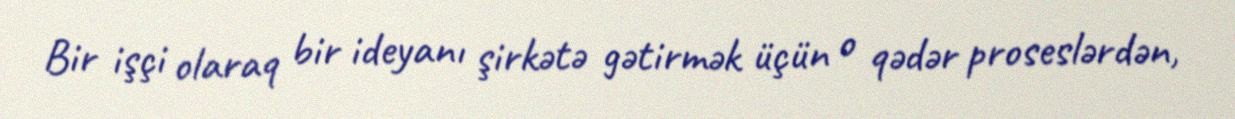
Bir işçi olaraq bir ideyanı şirkətə gətirmək üçün o qədər proseslərdən,